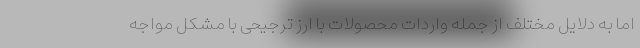
اما به دلایل مختلف از جمله واردات محصولات با ارز ترجیحی با مشکل مواجه